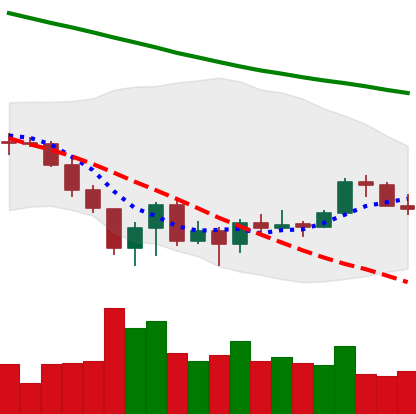
Ticker: XLM-USD
Chart end date: 2022-06-27
Forward return: -8.689%
Label: down_7plus